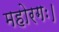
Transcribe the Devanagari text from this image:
महोरगः।